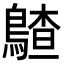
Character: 𪃵